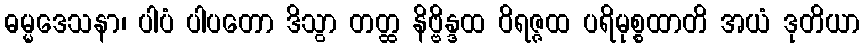
ဓမ္မဒေသနာ၊ ပါပံ ပါပတော ဒိသွာ တတ္ထ နိဗ္ဗိန္ဒထ ဝိရဇ္ဇထ ပရိမုစ္စထာတိ အယံ ဒုတိယာ